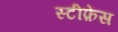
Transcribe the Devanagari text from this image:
स्टीफ़ेंस